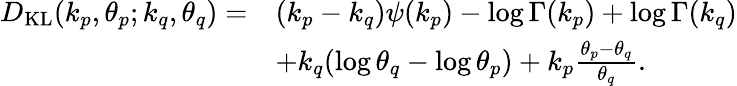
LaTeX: {\begin{array}{rl}{D_{\mathrm{KL}}(k_{p},\theta_{p};k_{q},\theta_{q})=}&{(k_{p}-k_{q})\psi(k_{p})-\log\Gamma(k_{p})+\log\Gamma(k_{q})}\\ &{+k_{q}(\log\theta_{q}-\log\theta_{p})+k_{p}{\frac{\theta_{p}-\theta_{q}}{\theta_{q}}}.}\end{array}}